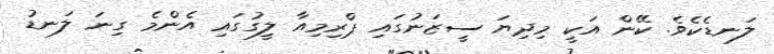
ލަނޑެކެވެ. ކޭން އަކީ މިދިޔަ ސީޒަނުގައި ޕްރިމިއާާ ލީގުގައި އެންމެ ގިނަ ލަނޑު